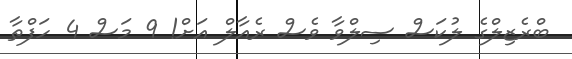
ބްރެޒިލްގެ ލުކަސް ސިލްވާ ވެސް ރެއާލް އަށް! 9 މަސް 4 ހަފްތާ